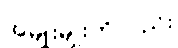
အမျိုးမျိုးကိုလည်း